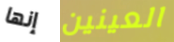
إنها العينين